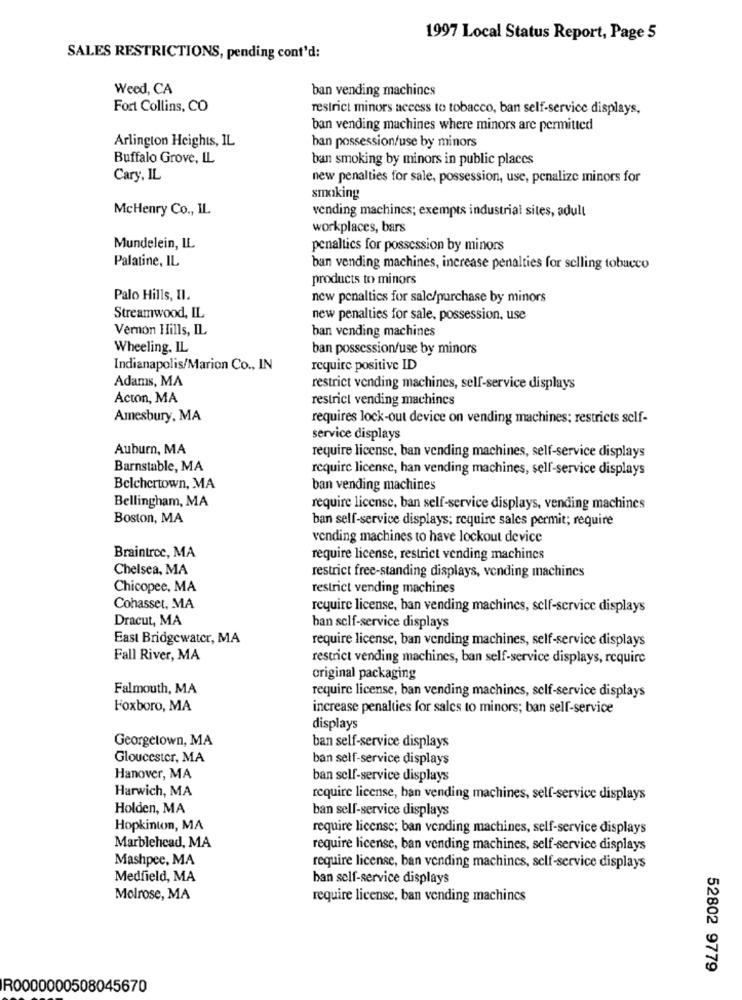
1997 Local Status Report, Page 5
SALES RESTRICTIONS, pending cont'd:
Weed, CA
ban vending machines
Fort Collins, CO
restrict minors access to tobacco, ban self-service displays,
ban vending machines where minors are permitted
Arlington Heights, IL
han possession/use by minors
Buffalo Grove, IL
ban smoking by minors in public places
Cary, IL
new penalties for sale, possession, use, penalize minors for
smoking
McHenry Co ., IL
vending machines; exempts industrial sites, adult
workplaces, bars
Mundelein, IL
penaltics for possession by minors
Palatine, IL
ban vending machines, increase penalties for selling tobacco
products to minors
Palo Hills, Il.
new penalties for sale/purchase by minors
Streamwood, IL
new penalties for sale, possession, use
Vernon Hills, IL
ban vending machines
Wheeling. IL
ban possession/use by minors
Indianapolis/Marion Co ., IN
require positive ID
Adams, MA
restrict vending machines, self-service displays
Acton, MA
restrict vending machines
Amesbury, MA
requires lock-out device on vending machines; restricts self-
service displays
Auburn, MA
require license, ban vending machines, self-service displays
Barnstable, MA
require license, han vending machines, self-service displays
Belchertown, MA
ban vending machines
Bellingham, MA
require license, ban self-service displays, vending machines
Boston, MA
ban self-service displays; require sales permit; require
vending machines to have lockout device
Braintree, MA
require license, restrict vending machines
Chelsea, MA
restrict free-standing displays, vending machines
Chicopee, MA
restrict vending machines
Cohasset, MA
require license, ban vending machines, self-service displays
Dracut, MA
han self-service displays
East Bridgewater, MA
require license, ban vending machines, self-service displays
Fall River, MA
restrict vending machines, ban self-service displays, require
original packaging
Falmouth, MA
require license, ban vending machines, self-service displays
Foxboro, MA
increase penalties for sales to minors; ban self-service
displays
Georgetown, MA
ban self-service displays
Gloucester, MA
ban self-service displays
Hanover, MA
ban self-service displays
Harwich, MA
require license, ban vending machines, self-service displays
Holden, MA
ban self-service displays
Hopkinton, MA
require license; ban vending machines, self-service displays
Marblehead, MA
require license, ban vending machines, self -service displays
Mashpee, MA
require license, ban vending machines, self-service displays
Medfield, MA
ban self-service displays
Molrose, MA
require license, ban vending machines
52802 9779
R0000000508045670